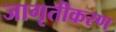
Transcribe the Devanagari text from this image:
जागृतीकरण